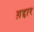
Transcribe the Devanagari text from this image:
ग़द्दार